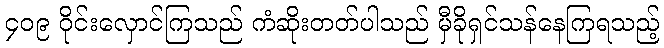
၄၀၉ ဝိုင်းလှောင်ကြသည် ကံဆိုးတတ်ပါသည် မှီခိုရှင်သန်နေကြရသည့်